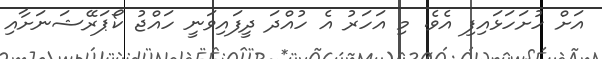
އަށް ހުށަހަޅައިފި އެވެ. މި އަހަރު އެ ހުއްދަ ދީފައިވަނީ ހައްޖު ކޯޕަރޭޝަނަށާއި